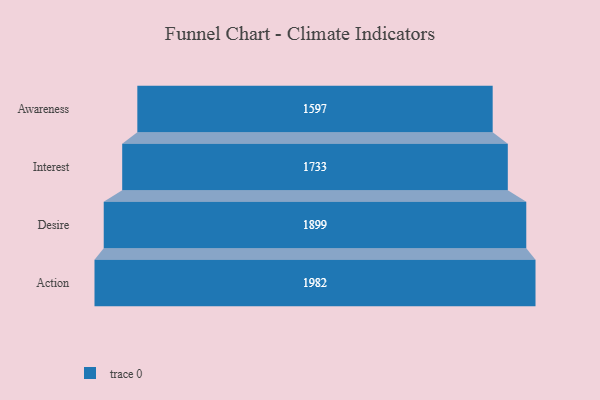
{"axis": {"x": "Stage", "y": "Value"}, "legend": [""], "data": [{"x": "Awareness", "y": 1597.0, "type": ""}, {"x": "Interest", "y": 1733.0, "type": ""}, {"x": "Desire", "y": 1899.0, "type": ""}, {"x": "Action", "y": 1982.0, "type": ""}]}